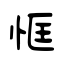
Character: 恇